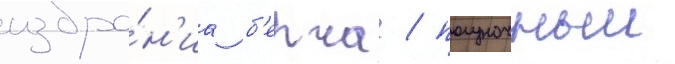
избра́н'иа б'ерча / полуночныи